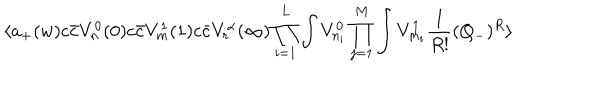
\langle a _ { + } ( w ) c { \bar { c } } V _ { n } ^ { 0 } ( 0 ) c { \bar { c } } V _ { m } ^ { 1 } ( 1 ) c { \bar { c } } V _ { r } ^ { \alpha } ( \infty ) \prod _ { i = 1 } ^ { L } \int V _ { n _ { i } } ^ { 0 } \prod _ { j = 1 } ^ { M } \int V _ { m _ { i } } ^ { 1 } { \frac { 1 } { R ! } } ( Q _ { - } ) ^ { R } \rangle